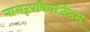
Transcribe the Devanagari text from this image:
नामरूपविवर्जितम्